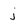
Character: j